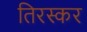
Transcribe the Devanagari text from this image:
तिरस्कर